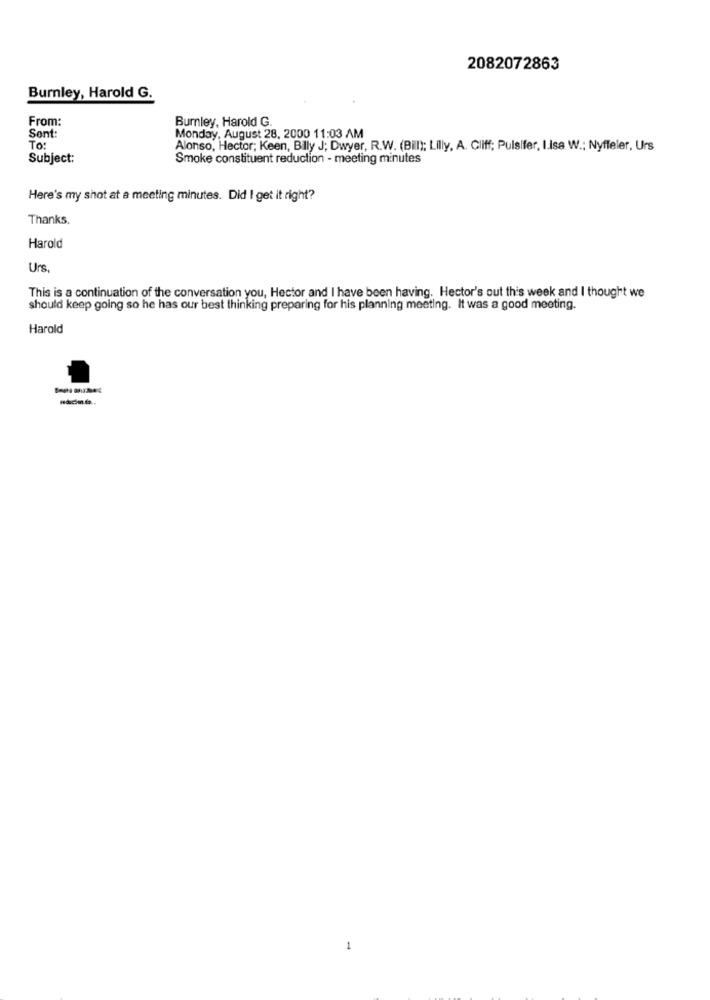
2082072863
Burnley, Harold G.
From:
Burnley, Harold G.
Sent:
Monday, August 28, 2000 11:03 AM
To:
Alonso, Hector; Keen, Billy J; Dwyer, R.W. (Bill); Lilly, A. Cliff; Pulsifer, I.Isa W .; Nyffeler, Urs
Subject:
Smoke constituent reduction - meeting minutes
Here's my shot at a meeting minutes. Did I get it right?
Thanks.
Harold
Urs
This is a continuation of the conversation you, Hector and I have been having. Hector's out this week and I thought we
should keep going so he has our best thinking preparing for his planning meeting. It was a good meeting.
Harold
1